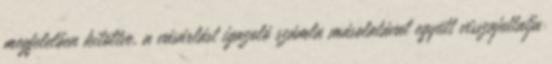
megfelelően kitöltve, a vásárlást igazoló számla másolatával együtt visszajuttatja